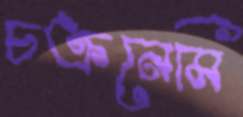
চক্রনেমি